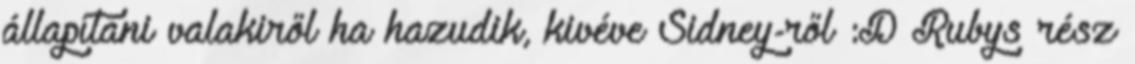
állapítani valakiről ha hazudik, kivéve Sidney-ről :D Rubys rész